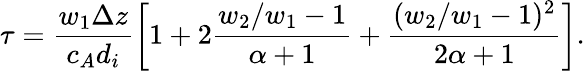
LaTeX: \tau=\frac{w_{1}\Delta z}{c_{A}d_{i}}\left[1+2\frac{w_{2}/w_{1}-1}{\alpha+1}+\frac{(w_{2}/w_{1}-1)^{2}}{2\alpha+1}\right].